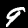
Label: 9